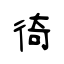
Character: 徛